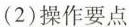
(2)操作要点